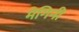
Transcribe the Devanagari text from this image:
मेगिनी